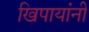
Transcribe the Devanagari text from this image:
खिपायांनी